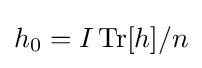
h_{0}=I\,\mathrm {Tr} [h]/n